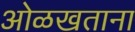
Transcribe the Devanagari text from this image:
ओळखताना